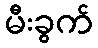
မီးခွက်